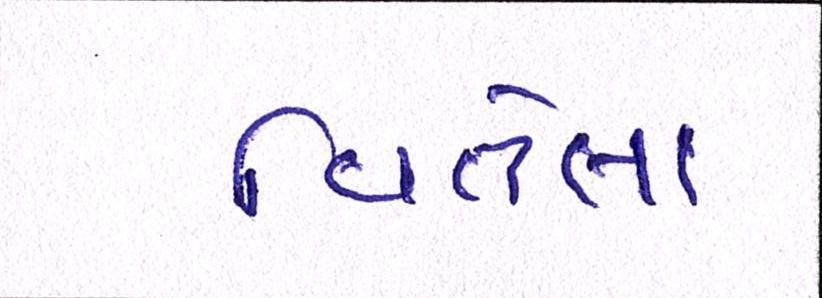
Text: વિતેલા